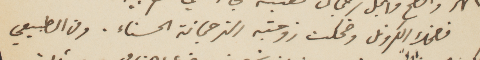
فضحك الكلونل وضحكت زوجته الترجمانة الحسناء. ومن الطبيعي